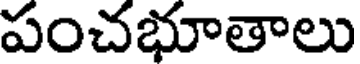
పంచభూతాలు